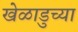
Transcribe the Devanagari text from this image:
खेळाडुच्या